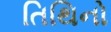
તિથિનો